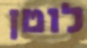
לוטן